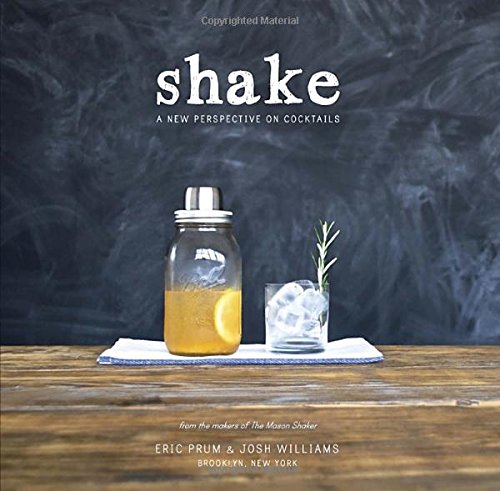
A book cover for Shake: A New Perspective on Cocktails; Eric Prum; Cookbooks, Food & Wine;